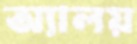
অ্যালয়